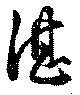
湛